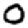
Digit: 0